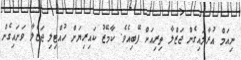
ނިއަމް އުރާލައިގެން ޖަޒްލާ ތިރިއަށް ފޭބިއެވެ. ކާމޭޒު ކައިރިޔަށް ހުއްޓިލި ޖަޒްލާ ވަށައިގެން